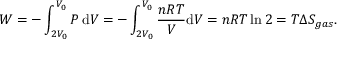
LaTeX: W = - \int _ { 2 V _ { 0 } } ^ { V _ { 0 } } P \, \mathrm { d } V = - \int _ { 2 V _ { 0 } } ^ { V _ { 0 } } { \frac { n R T } { V } } \mathrm { d } V = n R T \ln 2 = T \Delta S _ { g a s } .